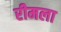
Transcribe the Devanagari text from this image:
रीमला